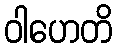
ဝါဟေတိ